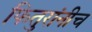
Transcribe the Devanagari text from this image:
फितुरांनीच